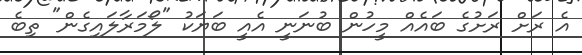
އެ ރަށް ރަށުގެ ބައެއް މީހުން ބުނަނީ އެއީ ބަޔަކު "ލޯމަރާލައިގެން" ތިބެ